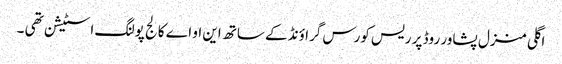
اگلی منزل پشاور روڈ پر ریس کورس گراؤنڈ کے ساتھ این او اے کالج پولنگ اسٹیشن تھی ۔